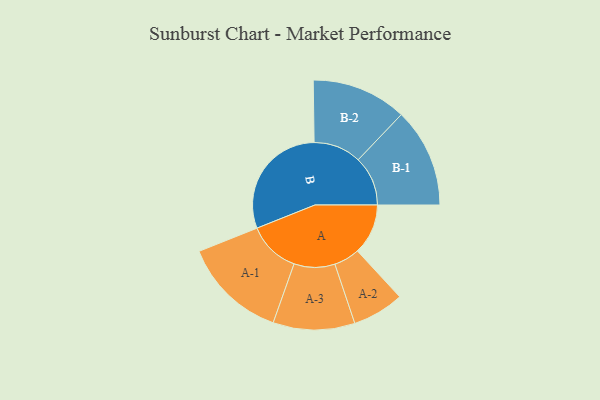
{"axis": {"x": "Segment", "y": "Value"}, "legend": ["", "A", "B"], "data": [{"x": "A", "y": 202, "type": ""}, {"x": "B", "y": 474, "type": ""}, {"x": "A-1", "y": 208, "type": "A"}, {"x": "A-2", "y": 103, "type": "A"}, {"x": "A-3", "y": 163, "type": "A"}, {"x": "B-1", "y": 198, "type": "B"}, {"x": "B-2", "y": 190, "type": "B"}]}